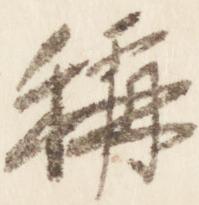
称